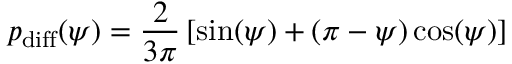
p _ { \mathrm { d i f f } } ( \psi ) = \frac { 2 } { 3 \pi } \left[ \sin ( \psi ) + ( \pi - \psi ) \cos ( \psi ) \right]